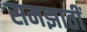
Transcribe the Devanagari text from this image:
समझातीं